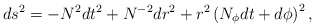
\begin{align*}ds^{2} = - N^{2} dt^{2} + N^{-2} dr^{2} +r^{2} \left(N_{\phi} dt+d \phi\right)^{2},\end{align*}